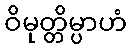
ဝိမုတ္တိမ္ပာဟံ